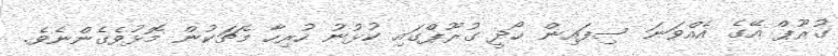
ގުރޫޕް އޭގެ އެއްވަނަ ސިފައިން ހޯދީ ގުރޫޕްގައި ކުޅުނު ހުރިހާ މެޗަކުން މޮޅުވެގެންނެވެ.